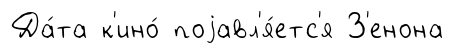
Да́та к'ино́ поjавл'я́етс'я З'енона